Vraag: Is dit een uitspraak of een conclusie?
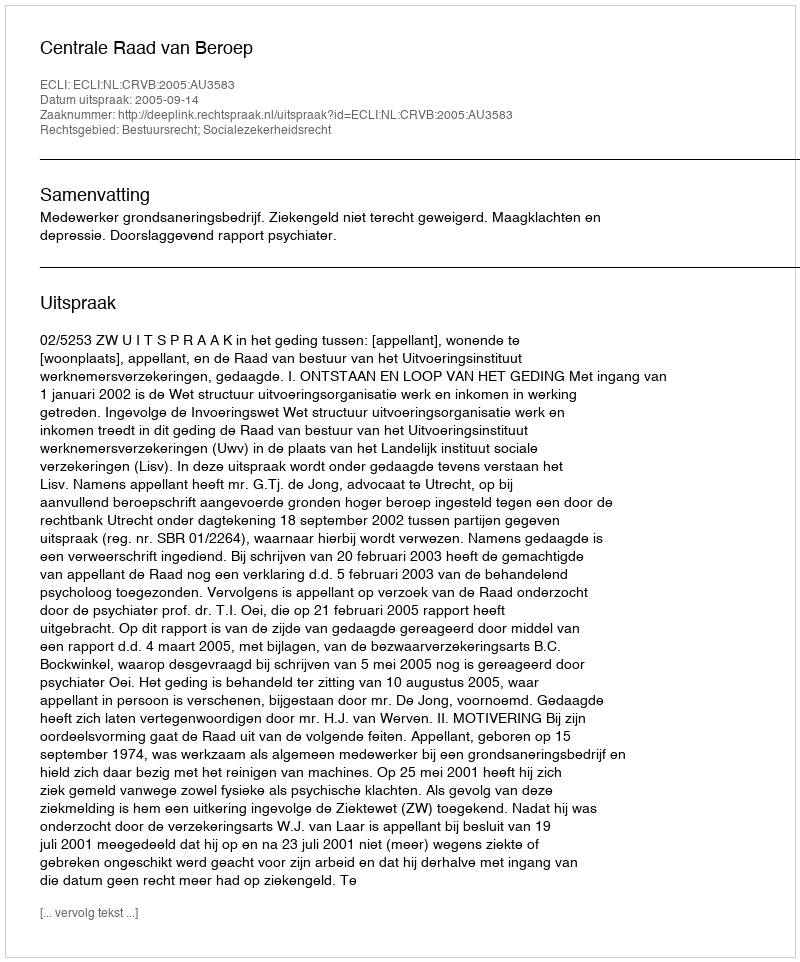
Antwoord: Uitspraak